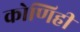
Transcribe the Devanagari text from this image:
कोणिही